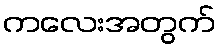
ကလေးအတွက်